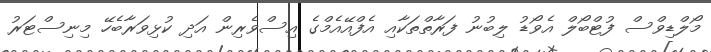
މޯލްޑިވްސް ފުޓްބޯލް އެވޯޑު ލިބުނު ފަރާތްތަކާއި އެފްއޭއެމްގެ އިސްވެރިން އަދި ކުޅިވަރާބެހޭ މިނިސްޓަރު